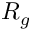
R _ { g }